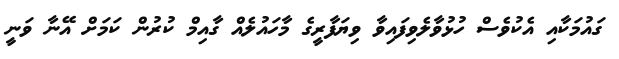
ގައުމަކާއި އެކުވެސް ހުޅުވާލެވިފައިވާ ވިޔަފާރީގެ މާހައުލެއް ގާއިމް ކުރުން ކަމަށް އޭނާ ވަނީ